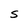
Character: S